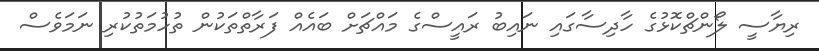
ރިޔާސީ ލޯންޗްކޮޅުގެ ހާދިސާގައި ނައިބު ރައީސްގެ މައްޗަށް ބައެއް ފަރާތްތަކުން ތުހުމަތުކުރި ނަމަވެސް